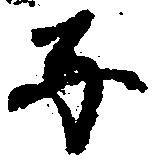
子